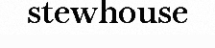
stewhouse